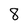
Character: 8